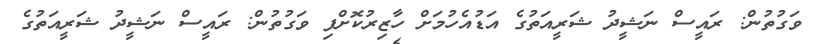
ވަގުތުން: ރައީސް ނަޝީދު ޝަރީއަތުގެ އަޑުއެހުމަށް ހާޒިރުކޮށްފި ވަގުތުން: ރައީސް ނަޝީދު ޝަރީއަތުގެ